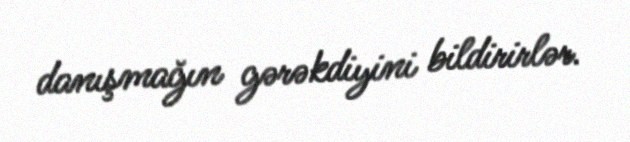
danışmağın gərəkdiyini bildirirlər.